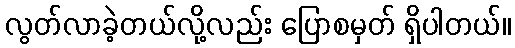
လွတ်လာခဲ့တယ်လို့လည်း ပြောစမှတ် ရှိပါတယ်။